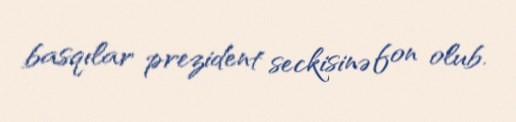
basqılar prezident seckisinə fon olub.